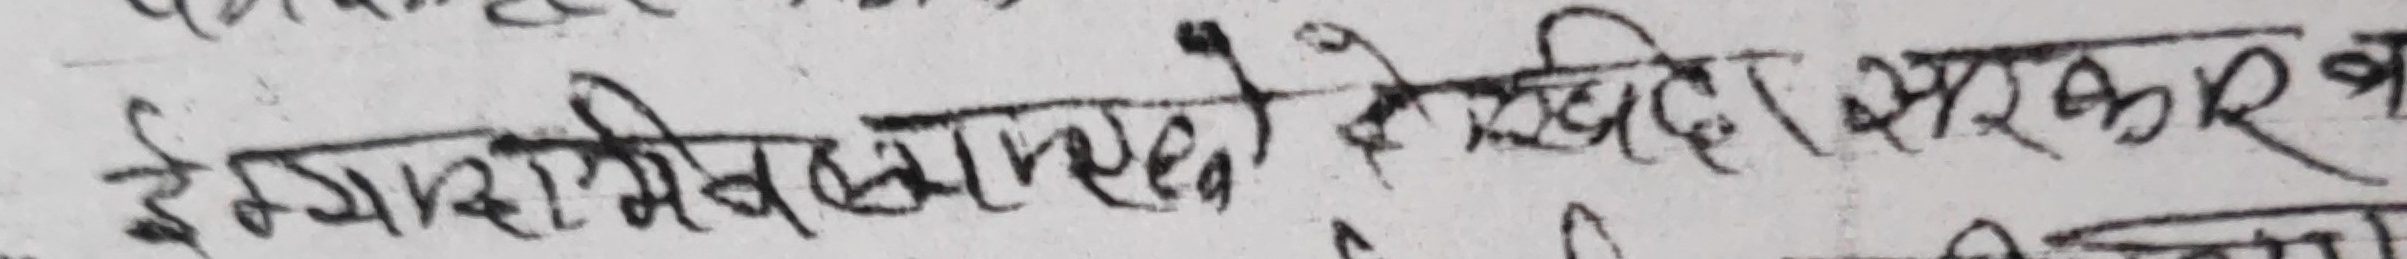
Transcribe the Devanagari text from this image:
ईम्यारेजिउलास्को देखिदा सरकारबाट